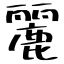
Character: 麗